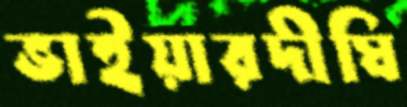
ভাইয়ারদীঘি